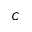
C